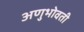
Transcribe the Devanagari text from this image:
अणुभोवती